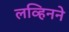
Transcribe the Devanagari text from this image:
लव्हिनने